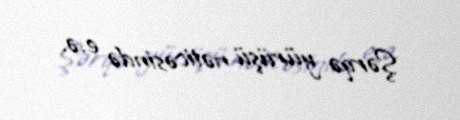
Şərqə yürüşü nəticəsində e.ə.